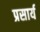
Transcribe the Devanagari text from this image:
प्रसार्य